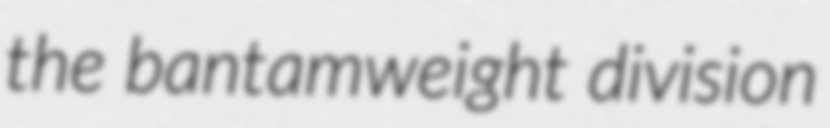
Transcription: the bantamweight division